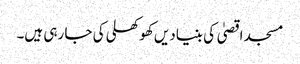
مسجد اقصیٰ کی بنیادیں کھوکھلی کی جا رہی ہیں۔